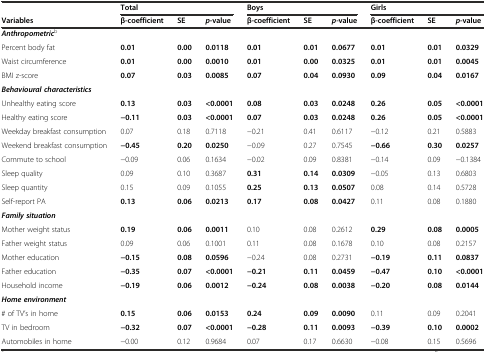
<table><thead><tr><td></td><td colspan="3"><b>Total</b></td><td colspan="3"><b>Boys</b></td><td colspan="3"><b>Girls</b></td></tr><tr><td><b>Variables</b></td><td><b>β-coefficient</b></td><td><b>SE</b></td><td><b><i>p-</i>value</b></td><td><b>β-coefficient</b></td><td><b>SE</b></td><td><b><i>p-</i>value</b></td><td><b>β-coefficient</b></td><td><b>SE</b></td><td><b><i>p-</i>value</b></td></tr></thead><tbody><tr><td colspan="10"><b><i>Anthropometric</i></b><sup>b</sup></td></tr><tr><td>Percent body fat</td><td><b>0.01</b></td><td><b>0.00</b></td><td><b>0.0118</b></td><td><b>0.01</b></td><td><b>0.01</b></td><td><b>0.0677</b></td><td><b>0.01</b></td><td><b>0.01</b></td><td><b>0.0329</b></td></tr><tr><td>Waist circumference</td><td><b>0.01</b></td><td><b>0.00</b></td><td><b>0.0010</b></td><td><b>0.01</b></td><td><b>0.00</b></td><td><b>0.0325</b></td><td><b>0.01</b></td><td><b>0.01</b></td><td><b>0.0045</b></td></tr><tr><td>BMI z-score</td><td><b>0.07</b></td><td><b>0.03</b></td><td><b>0.0085</b></td><td><b>0.07</b></td><td><b>0.04</b></td><td><b>0.0930</b></td><td><b>0.09</b></td><td><b>0.04</b></td><td><b>0.0167</b></td></tr><tr><td><b><i>Behavioural characteristics</i></b></td><td></td><td></td><td></td><td></td><td></td><td></td><td></td><td></td><td></td></tr><tr><td>Unhealthy eating score</td><td><b>0.13</b></td><td><b>0.03</b></td><td><b>&lt;0.0001</b></td><td><b>0.08</b></td><td><b>0.03</b></td><td><b>0.0248</b></td><td><b>0.26</b></td><td><b>0.05</b></td><td><b>&lt;0.0001</b></td></tr><tr><td>Healthy eating score</td><td><b>−0.11</b></td><td><b>0.03</b></td><td><b>&lt;0.0001</b></td><td><b>0.07</b></td><td><b>0.03</b></td><td><b>0.0248</b></td><td><b>0.26</b></td><td><b>0.05</b></td><td><b>&lt;0.0001</b></td></tr><tr><td>Weekday breakfast consumption</td><td>0.07</td><td>0.18</td><td>0.7118</td><td>−0.21</td><td>0.41</td><td>0.6117</td><td>−0.12</td><td>0.21</td><td>0.5883</td></tr><tr><td>Weekend breakfast consumption</td><td><b>−0.45</b></td><td><b>0.20</b></td><td><b>0.0250</b></td><td>−0.09</td><td>0.27</td><td>0.7545</td><td><b>−0.66</b></td><td><b>0.30</b></td><td><b>0.0257</b></td></tr><tr><td>Commute to school</td><td>−0.09</td><td>0.06</td><td>0.1634</td><td>−0.02</td><td>0.09</td><td>0.8381</td><td>−0.14</td><td>0.09</td><td>−0.1384</td></tr><tr><td>Sleep quality</td><td>0.09</td><td>0.10</td><td>0.3687</td><td><b>0.31</b></td><td><b>0.14</b></td><td><b>0.0309</b></td><td>−0.05</td><td>0.13</td><td>0.6803</td></tr><tr><td>Sleep quantity</td><td>0.15</td><td>0.09</td><td>0.1055</td><td><b>0.25</b></td><td><b>0.13</b></td><td><b>0.0507</b></td><td>0.08</td><td>0.14</td><td>0.5728</td></tr><tr><td>Self-report PA</td><td><b>0.13</b></td><td><b>0.06</b></td><td><b>0.0213</b></td><td><b>0.17</b></td><td><b>0.08</b></td><td><b>0.0427</b></td><td>0.11</td><td>0.08</td><td>0.1880</td></tr><tr><td colspan="10"><b><i>Family situation</i></b></td></tr><tr><td>Mother weight status</td><td><b>0.19</b></td><td><b>0.06</b></td><td><b>0.0011</b></td><td>0.10</td><td>0.08</td><td>0.2612</td><td><b>0.29</b></td><td><b>0.08</b></td><td><b>0.0005</b></td></tr><tr><td>Father weight status</td><td>0.09</td><td>0.06</td><td>0.1001</td><td>0.11</td><td>0.08</td><td>0.1678</td><td>0.10</td><td>0.08</td><td>0.2157</td></tr><tr><td>Mother education</td><td><b>−0.15</b></td><td><b>0.08</b></td><td><b>0.0596</b></td><td>−0.24</td><td>0.08</td><td>0.2731</td><td><b>−0.19</b></td><td><b>0.11</b></td><td><b>0.0837</b></td></tr><tr><td>Father education</td><td><b>−0.35</b></td><td><b>0.07</b></td><td><b>&lt;0.0001</b></td><td><b>−0.21</b></td><td><b>0.11</b></td><td><b>0.0459</b></td><td><b>−0.47</b></td><td><b>0.10</b></td><td><b>&lt;0.0001</b></td></tr><tr><td>Household income</td><td><b>−0.19</b></td><td><b>0.06</b></td><td><b>0.0012</b></td><td><b>−0.24</b></td><td><b>0.08</b></td><td><b>0.0038</b></td><td><b>−0.20</b></td><td><b>0.08</b></td><td><b>0.0144</b></td></tr><tr><td colspan="7"><b><i>Home environment</i></b></td><td colspan="3"></td></tr><tr><td># of TV’s in home</td><td><b>0.15</b></td><td><b>0.06</b></td><td><b>0.0153</b></td><td><b>0.24</b></td><td><b>0.09</b></td><td><b>0.0090</b></td><td>0.11</td><td>0.09</td><td>0.2041</td></tr><tr><td>TV in bedroom</td><td><b>−0.32</b></td><td><b>0.07</b></td><td><b>&lt;0.0001</b></td><td><b>−0.28</b></td><td><b>0.11</b></td><td><b>0.0093</b></td><td><b>−0.39</b></td><td><b>0.10</b></td><td><b>0.0002</b></td></tr><tr><td>Automobiles in home</td><td>−0.00</td><td>0.12</td><td>0.9684</td><td>0.07</td><td>0.17</td><td>0.6630</td><td>−0.08</td><td>0.15</td><td>0.5696</td></tr></tbody></table>